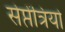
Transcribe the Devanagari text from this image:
सेप्तेंत्रियो